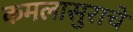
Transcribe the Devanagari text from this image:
कमलासुराचे